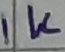
Text: 1K